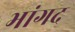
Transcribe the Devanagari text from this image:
भांगद